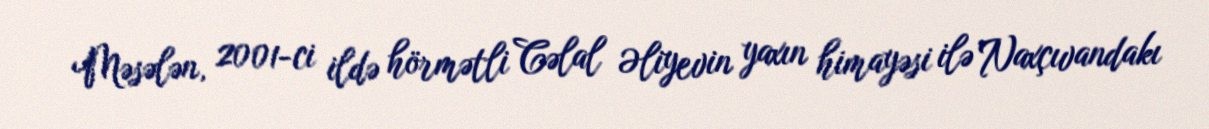
Məsələn, 2001-ci ildə hörmətli Cəlal Əliyevin yaxın himayəsi ilə Naxçıvandakı